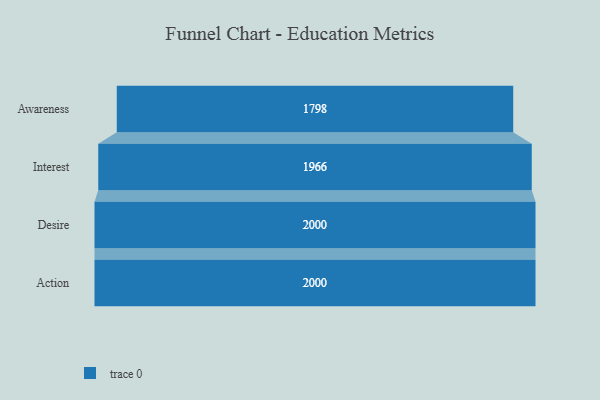
{"axis": {"x": "Stage", "y": "Value"}, "legend": [""], "data": [{"x": "Awareness", "y": 1798.0, "type": ""}, {"x": "Interest", "y": 1966.0, "type": ""}, {"x": "Desire", "y": 2000, "type": ""}, {"x": "Action", "y": 2000, "type": ""}]}